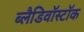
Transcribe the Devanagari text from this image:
ब्लैडिवॉस्टॉक